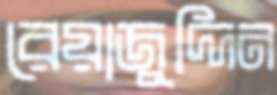
রেয়াজুদ্দিন